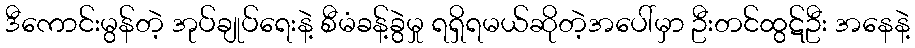
ဒီကောင်းမွန်တဲ့ အုပ်ချုပ်ရေးနဲ့ စီမံခန့်ခွဲမှု ရရှိရမယ်ဆိုတဲ့အပေါ်မှာ ဦးတင်ထွဋ်ဦး အနေနဲ့